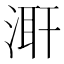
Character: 𭱌